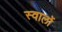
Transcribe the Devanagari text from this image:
स्वालों